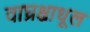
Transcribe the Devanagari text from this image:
वाघ्रश्चाधूल